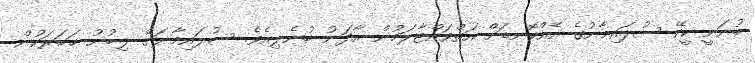
ބުނަނީ ކީކޭ ސުލައިމާނުގެ އެއްކޮނޑަށް އަތްވައްޓާލަމުން އާދަނު ބުނެލިއެވެ. ސުލައިމާނަށް ލިބުނު ޚަބަރަކުން